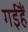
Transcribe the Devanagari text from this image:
गईहैं